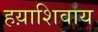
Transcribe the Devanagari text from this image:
हय़ाशिवाय